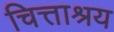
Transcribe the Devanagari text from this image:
चित्ताश्रय